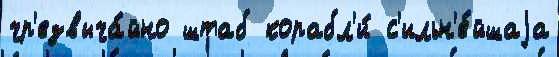
чр'езвыча́йно штаб корабл'и́ с'ильн'е́йшаjа